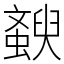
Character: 斔